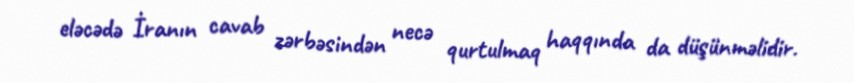
eləcədə İranın cavab zərbəsindən necə qurtulmaq haqqında da düşünməlidir.